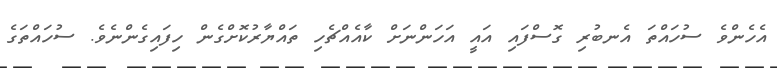
އެހެންވެ ސުހައްތަ އެނބުރި ގޮސްފައި އައީ އަހަންނަށް ކާއެއްޗެހި ތައްޔާރުކޮށްގެން ހިފައިގެންނެވެ. ސުހައްތަގެ